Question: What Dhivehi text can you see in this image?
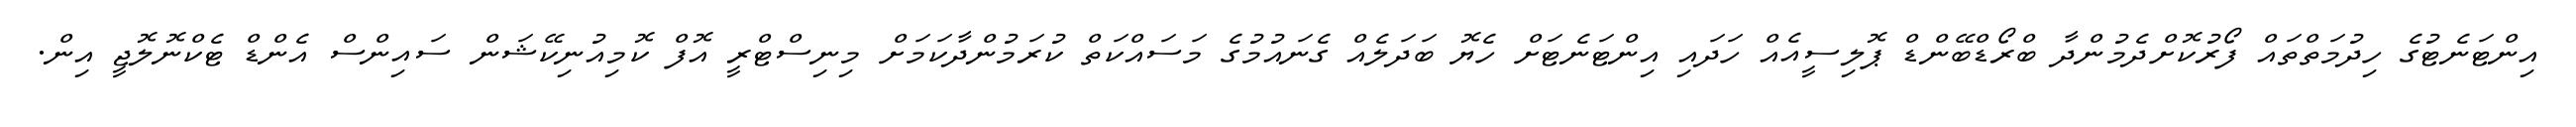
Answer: އިންޓަނެޓުގެ ހިދުމަތްތައް ފޯރުކޮށްދެމުންދާ ބްރޯޑްބޭންޑް ޕޮލިސީއެއް ހަދައި އިންޓަނެޓަށް ހެޔޮ ބަދަލެއް ގެނައުމުގެ މަސައްކަތް ކުރަމުންދާކަމަށް މިނިސްޓްރީ އޮފް ކޮމިއުނިކޭޝަން ސައިންސް އެންޑް ޓެކްނޮލޮޖީ އިން.